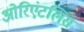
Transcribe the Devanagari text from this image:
ओरिएंटलिस